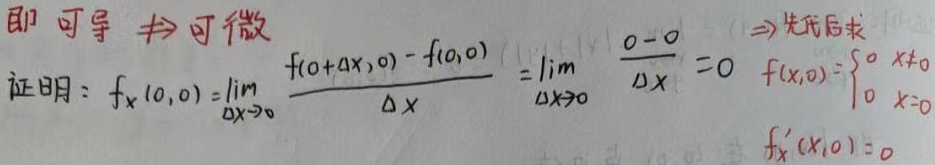
即可导$\nRightarrow$可微
证明：$f_x(0,0)=\lim\limits_{\Delta x\rightarrow0}\frac{f(0 + \Delta x,0)-f(0,0)}{\Delta x}=\lim\limits_{\Delta x\rightarrow0}\frac{0 - 0}{\Delta x}=0$ $f(x,0)=\begin{cases}0 & x\neq0 \\ 0 & x = 0\end{cases}$ $f_x'(x,0)=0$